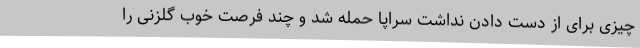
چیزی برای از دست دادن نداشت سراپا حمله شد و چند فرصت خوب گلزنی را